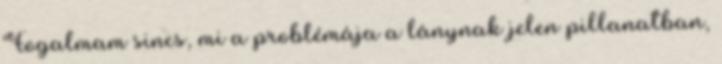
Fogalmam sincs, mi a problémája a lánynak jelen pillanatban,